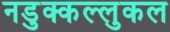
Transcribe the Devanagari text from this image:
नडुक्कल्लुकल